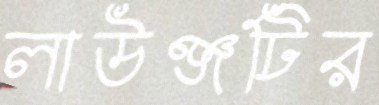
লাউঞ্জটির